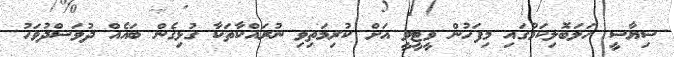
ސިޔާސީ ހަލަބޮލިކަމުގައި މިފަހުން ވީޓީވީ އަށް ކުރިމަތިވި ނުރައްކާތަކާ ގުޅިގެން ބައެއް ދުވަސްދުވަހު